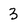
Character: 3